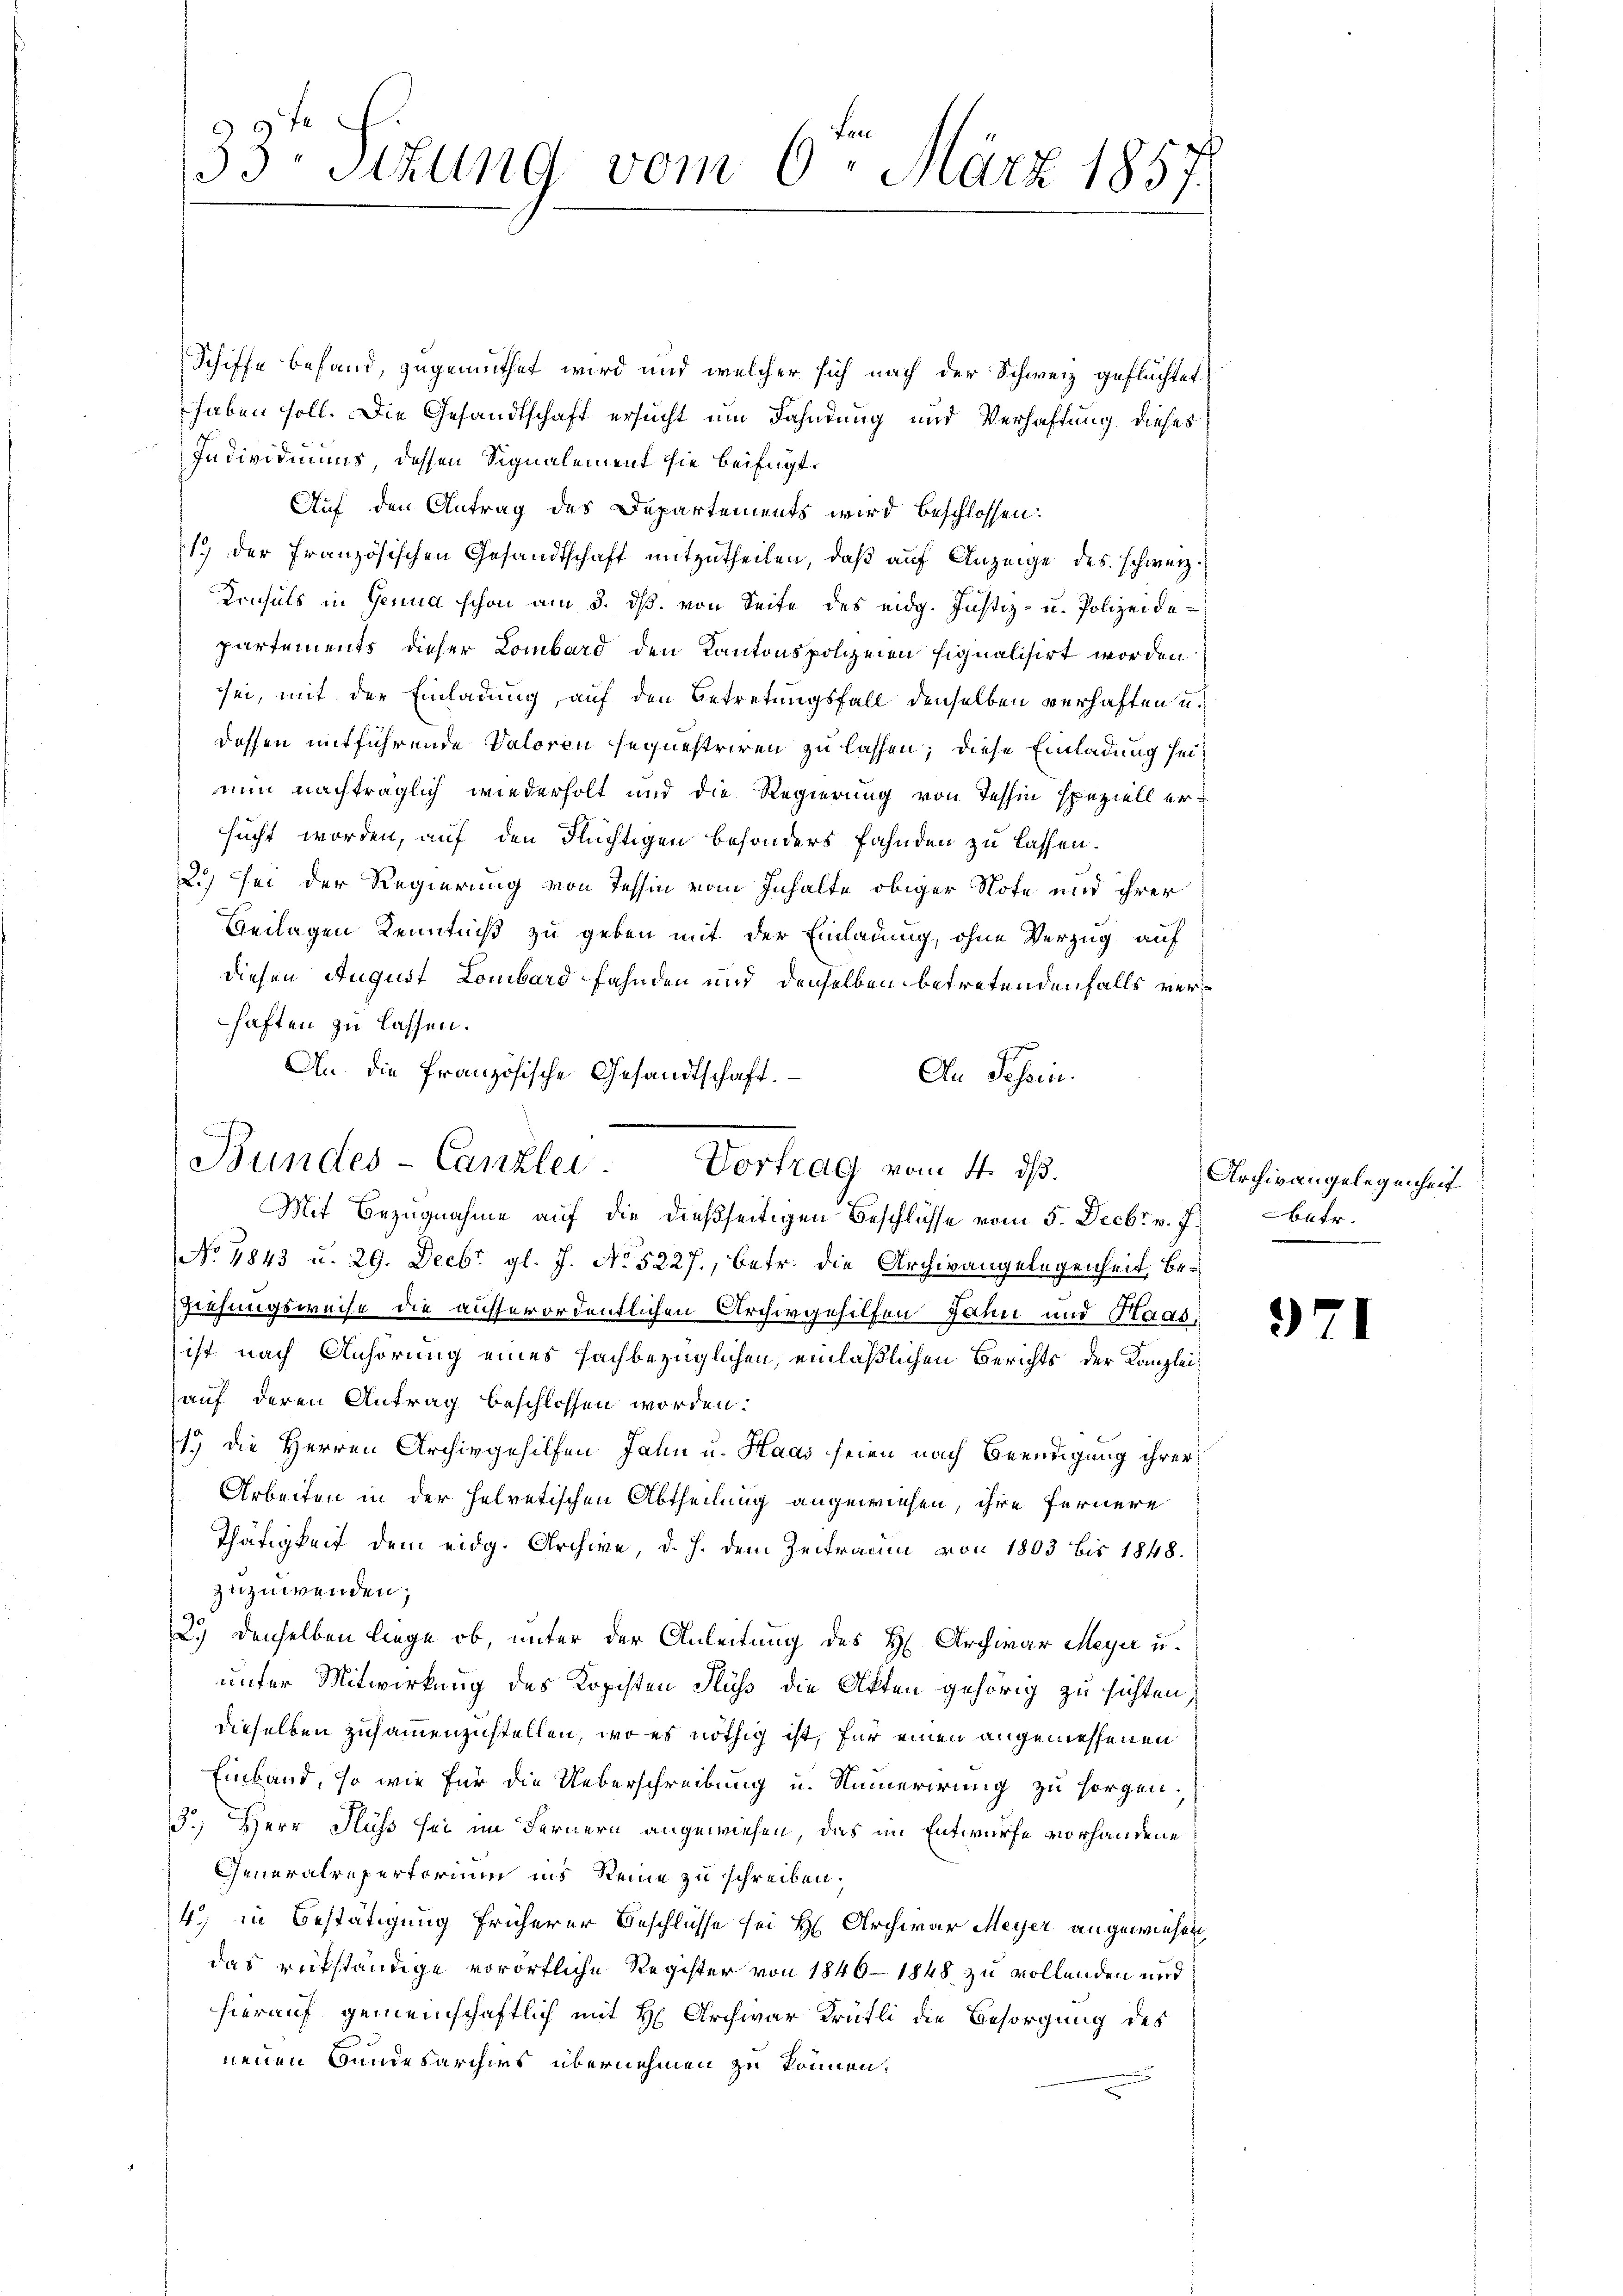
33. Sizung vom 6ten März 1857.

Schiffe befand, zugemuthet wird und welcher sich nach der Schweiz geflüchtet
haben soll. Die Gesandtschaft ersucht um Fahndung und Verhaftung dieses
Individuums dessen Signalement sie beifügt:
Auf den Antrag des Departements wird beschlossen:
1.) Der französischen Gesandtschaft mitzutheilen, daß auf Anzeige des schwerz¬
Konsuls in Genua schon am 3. ds. von Seite des eidg. Justiz- u. Polizeide-
partements dieser Lombard den Kantonspolizeien signalisirt worden
sei, mit der Einladung, auf den Betretungsfall denselben verhaften u.
dessen mitführende Valoren sequestriren zu lassen; diese Einladung seinun nachträglich wiederholt und die Regierung von Tessin speziell ersucht worden, auf den Flüchtigen besonders Fahnden zu lassen.
2.) Sei der Regierung von Tessin vom Inhalte obiger Note und ihrer
Geilagen Kenntniß zu geben mit der Einladung, ohne Verzug auf
diesen August Lombard fahnden und denselben betretendenfalls verhaften zu lassen.
An die französische Gesandtschaft.
An Schein.
No 4843 u. 29. Decbr. gl. J. No 5227., betr. die Archivangelegenheit, Be¬
Ziehungsweise die ausserordentlichen Archivgehilfen Jahn und Haas,
ist nach Anhörung eines fachbezüglichen, einläßlichen Berichts der Kanzlei
auf deren Antrag beschlossen worden.
1) die Herren Archivgehilfen Jahn u. Haas seien nach Beendigung ihrer
Arbeiten in der helvetischen Abtheilung angewiesen, ihre fernere
Thätigkeit dem eidg. Archive, d. J. dem Zeitraum von 1803 bis 1848.
zuzuwenden;
2.) denselben liege ob, unter der Anleitung des H. Archivar Meyer u.
unter Mitwirkung des Kopisten Fluss die Akten gehörig zu sichten
dieselben zusammenzustellen, wo es nöthig ist, für einen angemessenen
Einband, so wie für die Ueberschreibung u. Numerirung zu sorgen.
3.) Herr Fluss sei im Fernern angewiesen, das im Entwurfe vorhandene
Generalrepertorium ins Reine zu schreiben.
4) in Bestätigung früherer Beschlüsse sei H. Archivar Meyer angewiesen,
das rükständige vorörtliche Register von 1846-1848 zu vollenden und
hierauf gemeinschaftlich mit H. Archivar Krütli die Besorgung des
neuen Bundesarchives übernehmen zu können,

Bundes-Canzlei. Vortrag vom 4. ds.
Mit Bezugnahme auf die dießseitigen Beschlüsse vom 5. Decbr. v. J. betr.

Archivangelegenheit

3